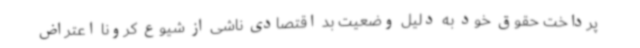
پرداخت حقوق خود به دلیل وضعیت بد اقتصادی ناشی از شیوع کرونا اعتراض